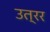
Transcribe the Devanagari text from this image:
उत्रर